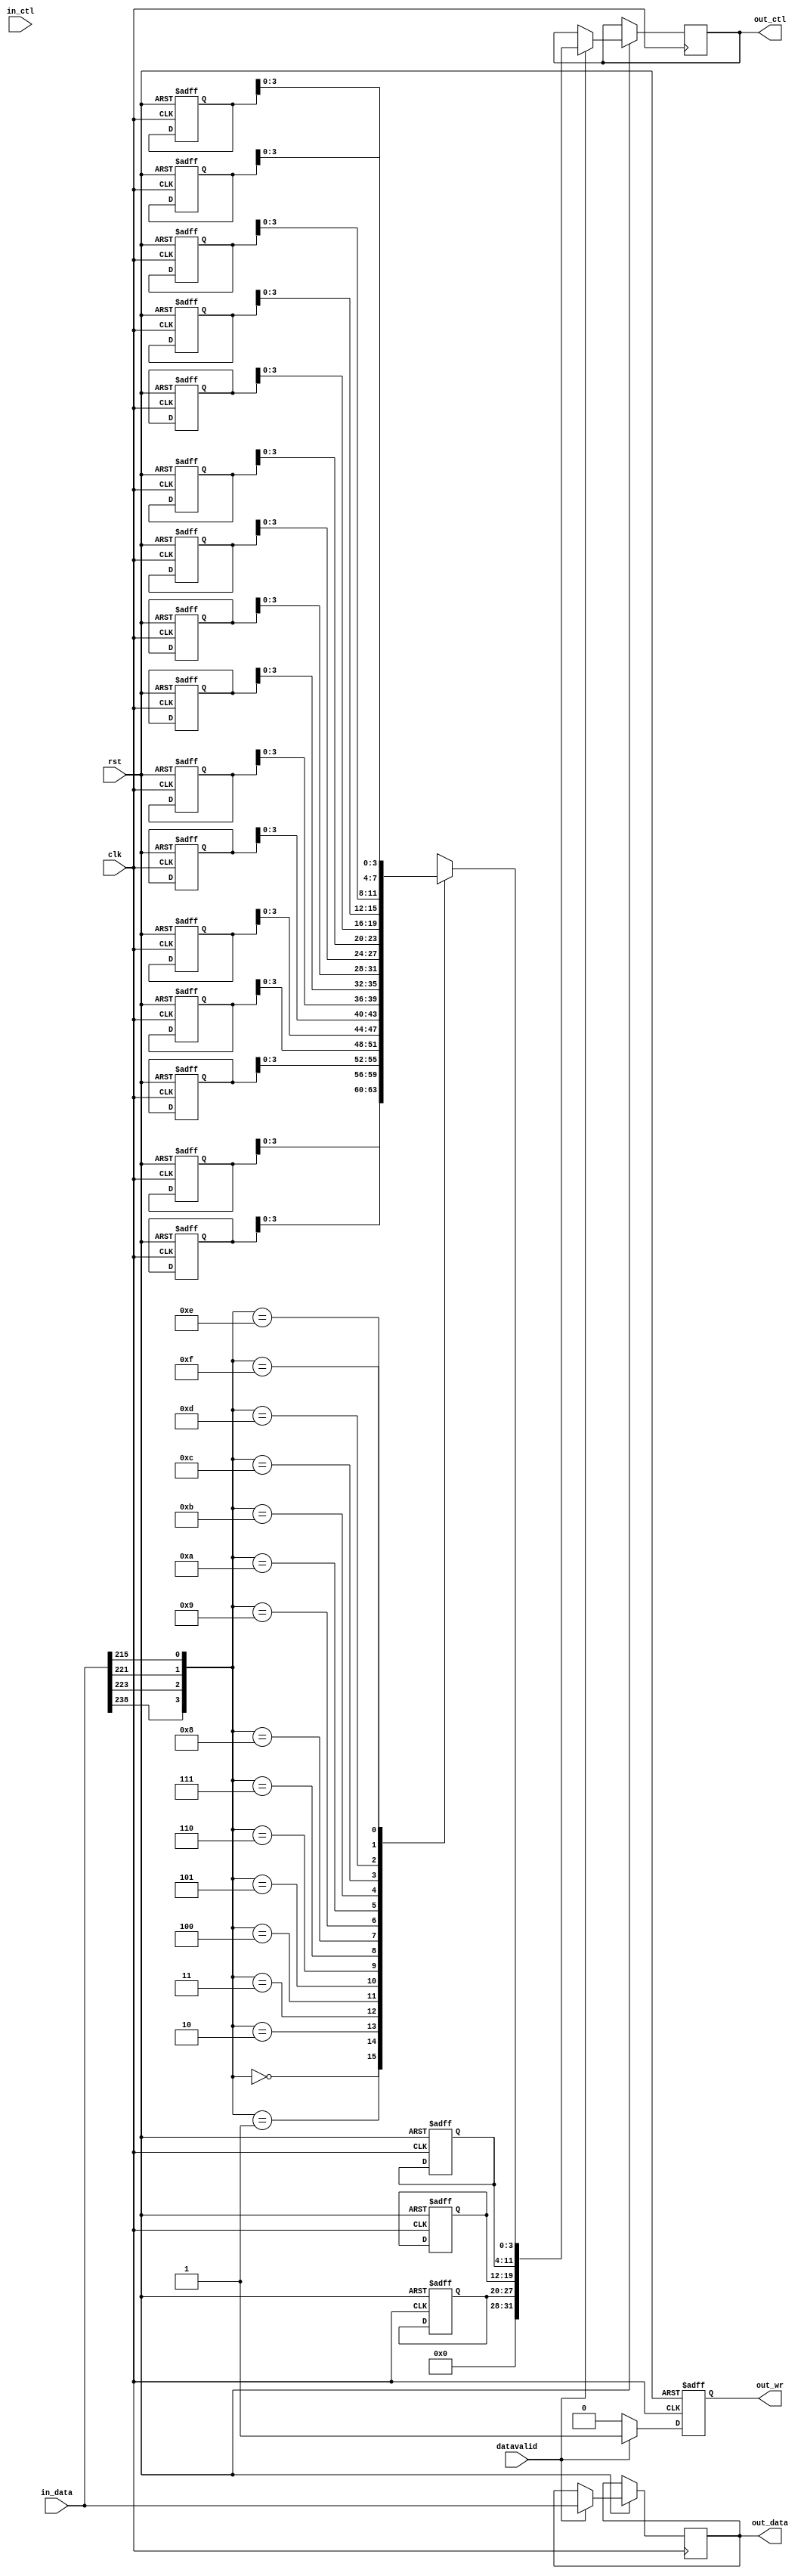
`timescale 1ns / 1ps
`define NULL 0

// Coder:	joe
// Description:
//	bitparsecrossbarcrl-byteflowtable
//  
//   
//
//  
//

module selector
	#(
		parameter DATA_WIDTH = 480,
		parameter CTRL_WIDTH=32,
		parameter STAGE_NUMBER = 2,
		parameter NUM_QUEUES = 8
	) (
		input clk,
		input rst,
		input datavalid,
		input [CTRL_WIDTH-1:0] in_ctl,
		input [DATA_WIDTH-1:0] in_data,
		output reg out_wr=0,
		output reg [CTRL_WIDTH-1:0] out_ctl=0,
		output reg [DATA_WIDTH-1:0] out_data=0
	);
	
	reg [7:0] res [0:15];
	reg [7:0] src_port;
	reg [7:0] dst_port;
	reg [7:0] pcie_port;
	reg [7:0] next_output;
	wire [3:0] parse;
	wire [3:0] resalt;
	
	
	assign parse = {in_data[239-2+1],in_data[239-17+1],in_data[239-19+1],in_data[239-25+1]};//2,17,19,25for test; 9 12 13 16 is best
	assign resalt = res[parse];
	
	always @(posedge clk or negedge rst)begin
		if(!rst)begin
			res[0] = 8'h00;
			res[1] = 8'h00;
			res[2] = 8'h00;
			res[3] = 8'h00;
			
			res[4] = 8'h01;
			res[5] = 8'h01;
			res[6] = 8'h01;
			res[7] = 8'h01;
			
			res[8] = 8'h02;
			res[9] = 8'h02;
			res[10] = 8'h02;
			res[11] = 8'h02;
			
			res[12] = 8'h03;
			res[13] = 8'h03;
			res[14] = 8'h03;
			res[15] = 8'h03;
			
			src_port <= 0;
		    dst_port <= 0;
		    pcie_port <= 0;
		    next_output <= 0;
			
			out_wr <= 0;
			
		end else begin
			if(datavalid)begin
				out_ctl <= {src_port,dst_port,pcie_port,resalt};
				out_data <= in_data;
				out_wr <= 1;
			end else begin
				out_wr <= 0;
			end
			
		end
		
	end
	
	
endmodule